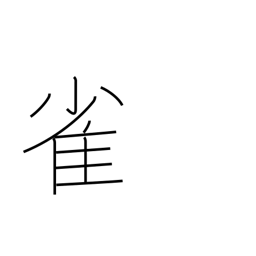
Meaning: sparrow